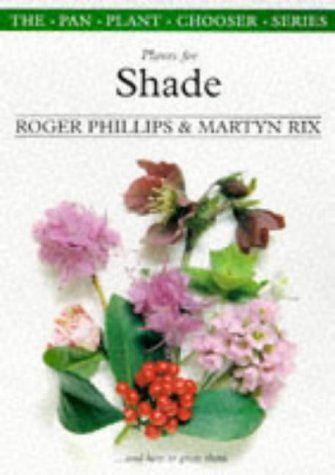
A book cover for Plants for Shade: And How to Grow Them (The Pan Plant Chooser Series); Roger Phillips; Crafts, Hobbies & Home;